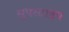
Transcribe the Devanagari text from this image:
सुपरटाइप